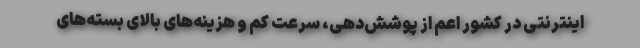
اینترنتی در کشور اعم از پوشش‌دهی، سرعت کم و هزینه‌های بالای بسته‌های